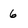
Character: 6